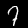
Digit: 7